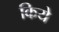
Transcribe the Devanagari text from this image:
किये